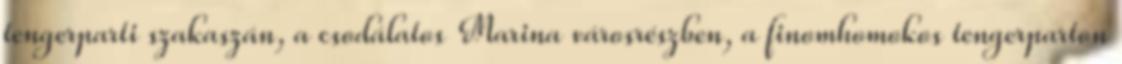
tengerparti szakaszán, a csodálatos Marina városrészben, a finomhomokos tengerparton